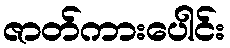
ဇာတ်ကားပေါင်း